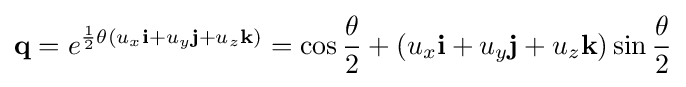
\mathbf {q} =e^{{\frac {1}{2}}\theta (u_{x}\mathbf {i} +u_{y}\mathbf {j} +u_{z}\mathbf {k} )}=\cos {\frac {\theta }{2}}+(u_{x}\mathbf {i} +u_{y}\mathbf {j} +u_{z}\mathbf {k} )\sin {\frac {\theta }{2}}